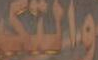
والتكي